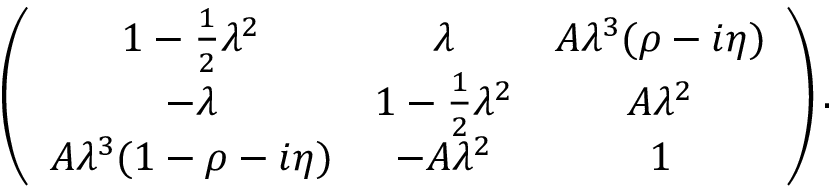
\left( \begin{array} { c c c } { { 1 - \frac { 1 } { 2 } \lambda ^ { 2 } } } & { { \lambda } } & { { A \lambda ^ { 3 } ( \rho - i \eta ) } } \\ { { - \lambda } } & { { 1 - \frac { 1 } { 2 } \lambda ^ { 2 } } } & { { A \lambda ^ { 2 } } } \\ { { A \lambda ^ { 3 } ( 1 - \rho - i \eta ) } } & { { - A \lambda ^ { 2 } } } & { { 1 } } \end{array} \right) .